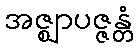
အဇ္ဈာပဇ္ဇန္တံ